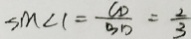
\sin \angle 1 = \frac { C D } { B D } = \frac { 2 } { 3 }